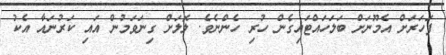
ފަހަރަށް އެމޫނަށް ބަލަހައްޓައިގެން ހުރި ހެންނެވެ. ލޮލަށް ގިނަވަމުން އައި ކަރުނައާ އެކު